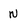
Character: N